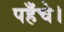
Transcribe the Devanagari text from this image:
पहँचे।